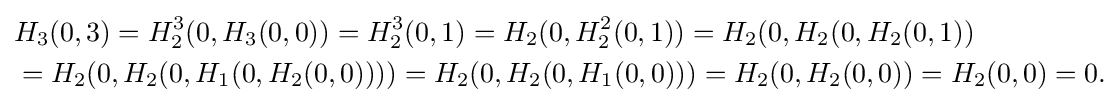
{\begin{aligned}&H_{3}(0,3)=H_{2}^{3}(0,H_{3}(0,0))=H_{2}^{3}(0,1)=H_{2}(0,H_{2}^{2}(0,1))=H_{2}(0,H_{2}(0,H_{2}(0,1))\\&=H_{2}(0,H_{2}(0,H_{1}(0,H_{2}(0,0))))=H_{2}(0,H_{2}(0,H_{1}(0,0)))=H_{2}(0,H_{2}(0,0))=H_{2}(0,0)=0.\end{aligned}}